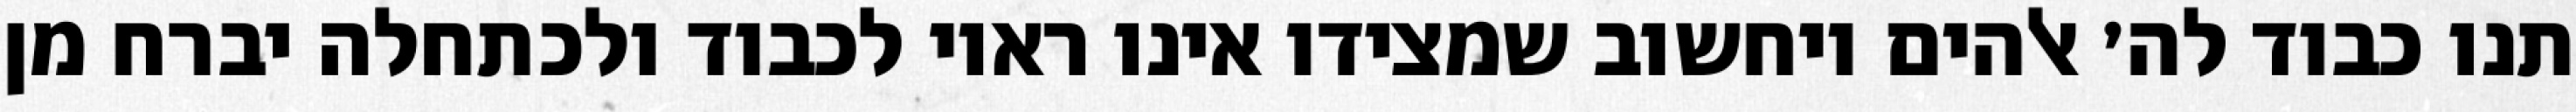
תנו כבוד לה׳ אלהים ויחשוב שמצידו אינו ראוי לכבוד ולכתחלה יברח מן